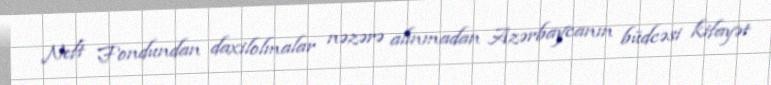
Neft Fondundan daxilolmalar nəzərə alınmadan Azərbaycanın büdcəsi kifayət